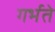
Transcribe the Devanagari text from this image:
गर्भते